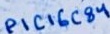
Text: PIC16C84